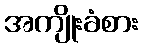
အကျိုးခံစား